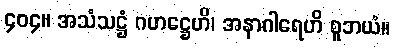
၄၀၄။ အသံသဋ္ဌံ ဂဟဋ္ဌေဟိ၊ အနာဂါရေဟိ စူဘယံ။